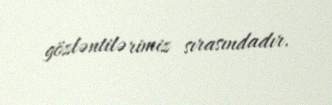
gözləntilərimiz sırasındadır.